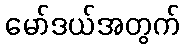
မော်ဒယ်အတွက်